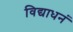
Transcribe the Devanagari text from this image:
विद्याधनं